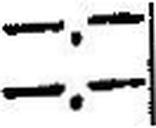
—.—